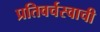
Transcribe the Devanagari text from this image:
प्रतिवर्चस्वाची